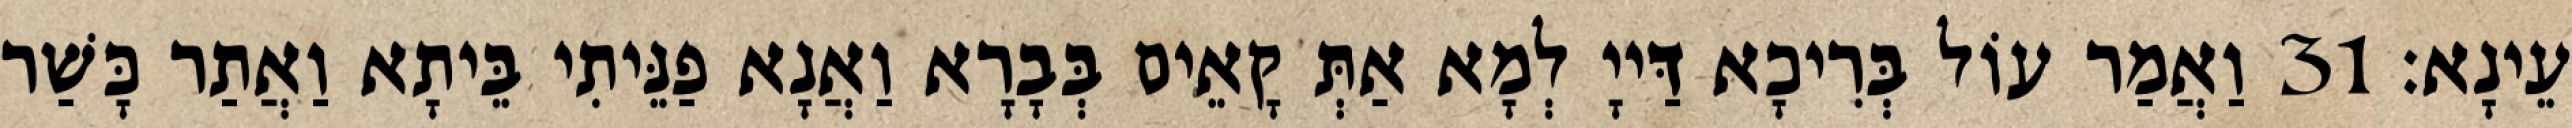
עֵינָא׃ 31 וַאֲמַר עוֹל בְּרִיכָא דַּייָ לְמָא אַתְּ קָאֵים בְּבָרָא וַאֲנָא פַנֵּיתִי בֵּיתָא וַאֲתַר כָּשַׁר